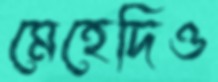
মেহেদিও